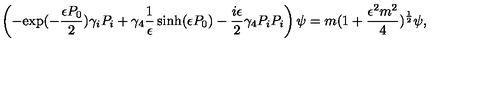
\left( - { \mathrm { e x p } } ( - \frac { \epsilon P _ { 0 } } { 2 } ) \gamma _ { i } P _ { i } + \gamma _ { 4 } \frac { 1 } { \epsilon } \sinh ( \epsilon P _ { 0 } ) - \frac { i \epsilon } { 2 } \gamma _ { 4 } P _ { i } P _ { i } \right) \psi = m ( 1 + \frac { \epsilon ^ { 2 } m ^ { 2 } } { 4 } ) ^ { \frac { 1 } { 2 } } \psi ,